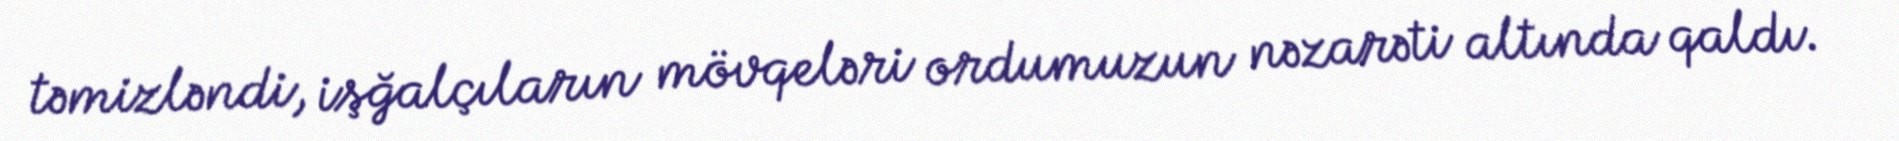
təmizləndi, işğalçıların mövqeləri ordumuzun nəzarəti altında qaldı.